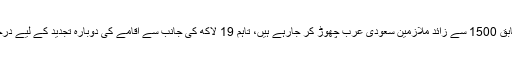
اعداد و شمار کے مطابق 1500 سے زائد ملازمین سعودی عرب چھوڑ کر جارہے ہیں، تاہم 19 لاکھ کی جانب سے اقامے کی دوبارہ تجدید کے لیے درخواستیں دائر کی گئیں۔